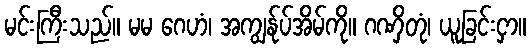
မင်းကြီးသည်။ မမ ဂေဟံ၊ အကျွန်ုပ်အိမ်ကို။ ဂဏှိတုံ၊ ယူခြင်းငှာ။